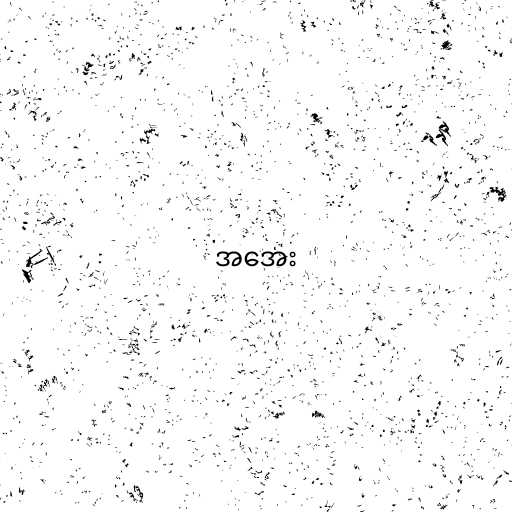
အအေး